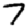
Digit: 7